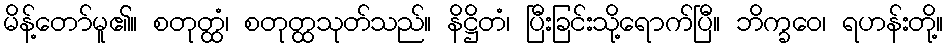
မိန့်တော်မူ၏။ စတုတ္ထံ၊ စတုတ္ထသုတ်သည်။ နိဋ္ဌိတံ၊ ပြီးခြင်းသို့ရောက်ပြီ။ ဘိက္ခဝေ၊ ရဟန်းတို့။